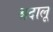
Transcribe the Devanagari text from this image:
श्रदालू